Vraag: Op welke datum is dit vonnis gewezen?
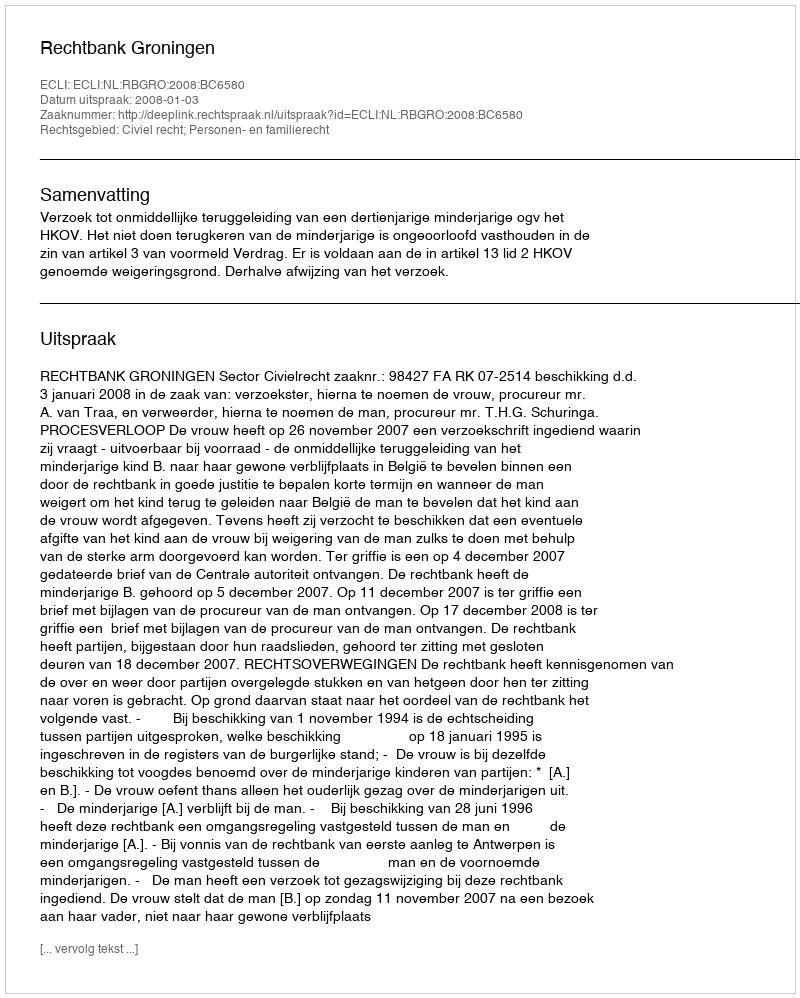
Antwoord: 2008-01-03